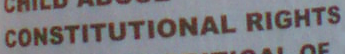
CONSTITUTIONAL RIGHTS